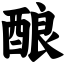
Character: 酿